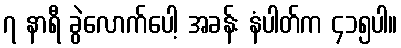
၇ နာရီ ခွဲလောက်ပေါ့ အခန်း နံပါတ်က ၄၁၅ပါ။